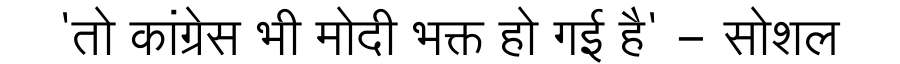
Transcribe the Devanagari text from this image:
'तो कांग्रेस भी मोदी भक्त हो गई है' - सोशल